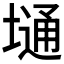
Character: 𫮢